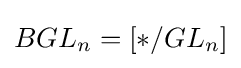
BGL_{n}=[*/GL_{n}]